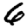
Digit: 6